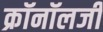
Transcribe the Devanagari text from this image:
क्रॉनॉलजी